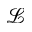
\mathcal { L }